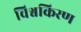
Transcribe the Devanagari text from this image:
विश्वकिरण